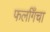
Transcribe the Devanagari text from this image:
फर्लाँगचा